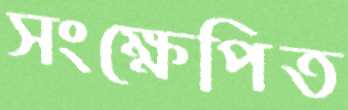
সংক্ষেপিত